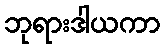
ဘုရားဒါယကာ